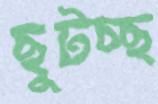
ছুটচ্ছ